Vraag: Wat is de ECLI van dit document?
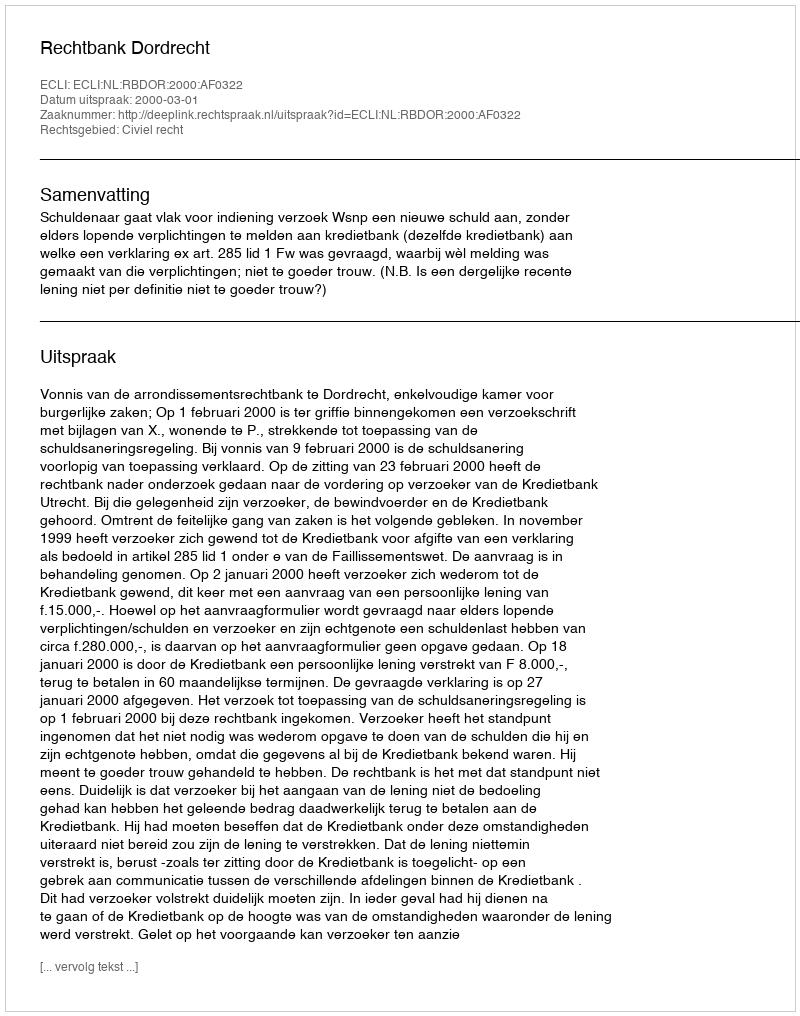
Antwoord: ECLI:NL:RBDOR:2000:AF0322